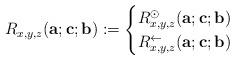
LaTeX: \begin{align*}R_{x,y,z}(\textbf{a}; \textbf{c}; \textbf{b}):=\begin{cases}R^{\odot}_{x,y,z}(\textbf{a};\textbf{c};\textbf{b}) &\\R^{\leftarrow}_{x,y,z}(\textbf{a};\textbf{c};\textbf{b}) &\end{cases}\end{align*}